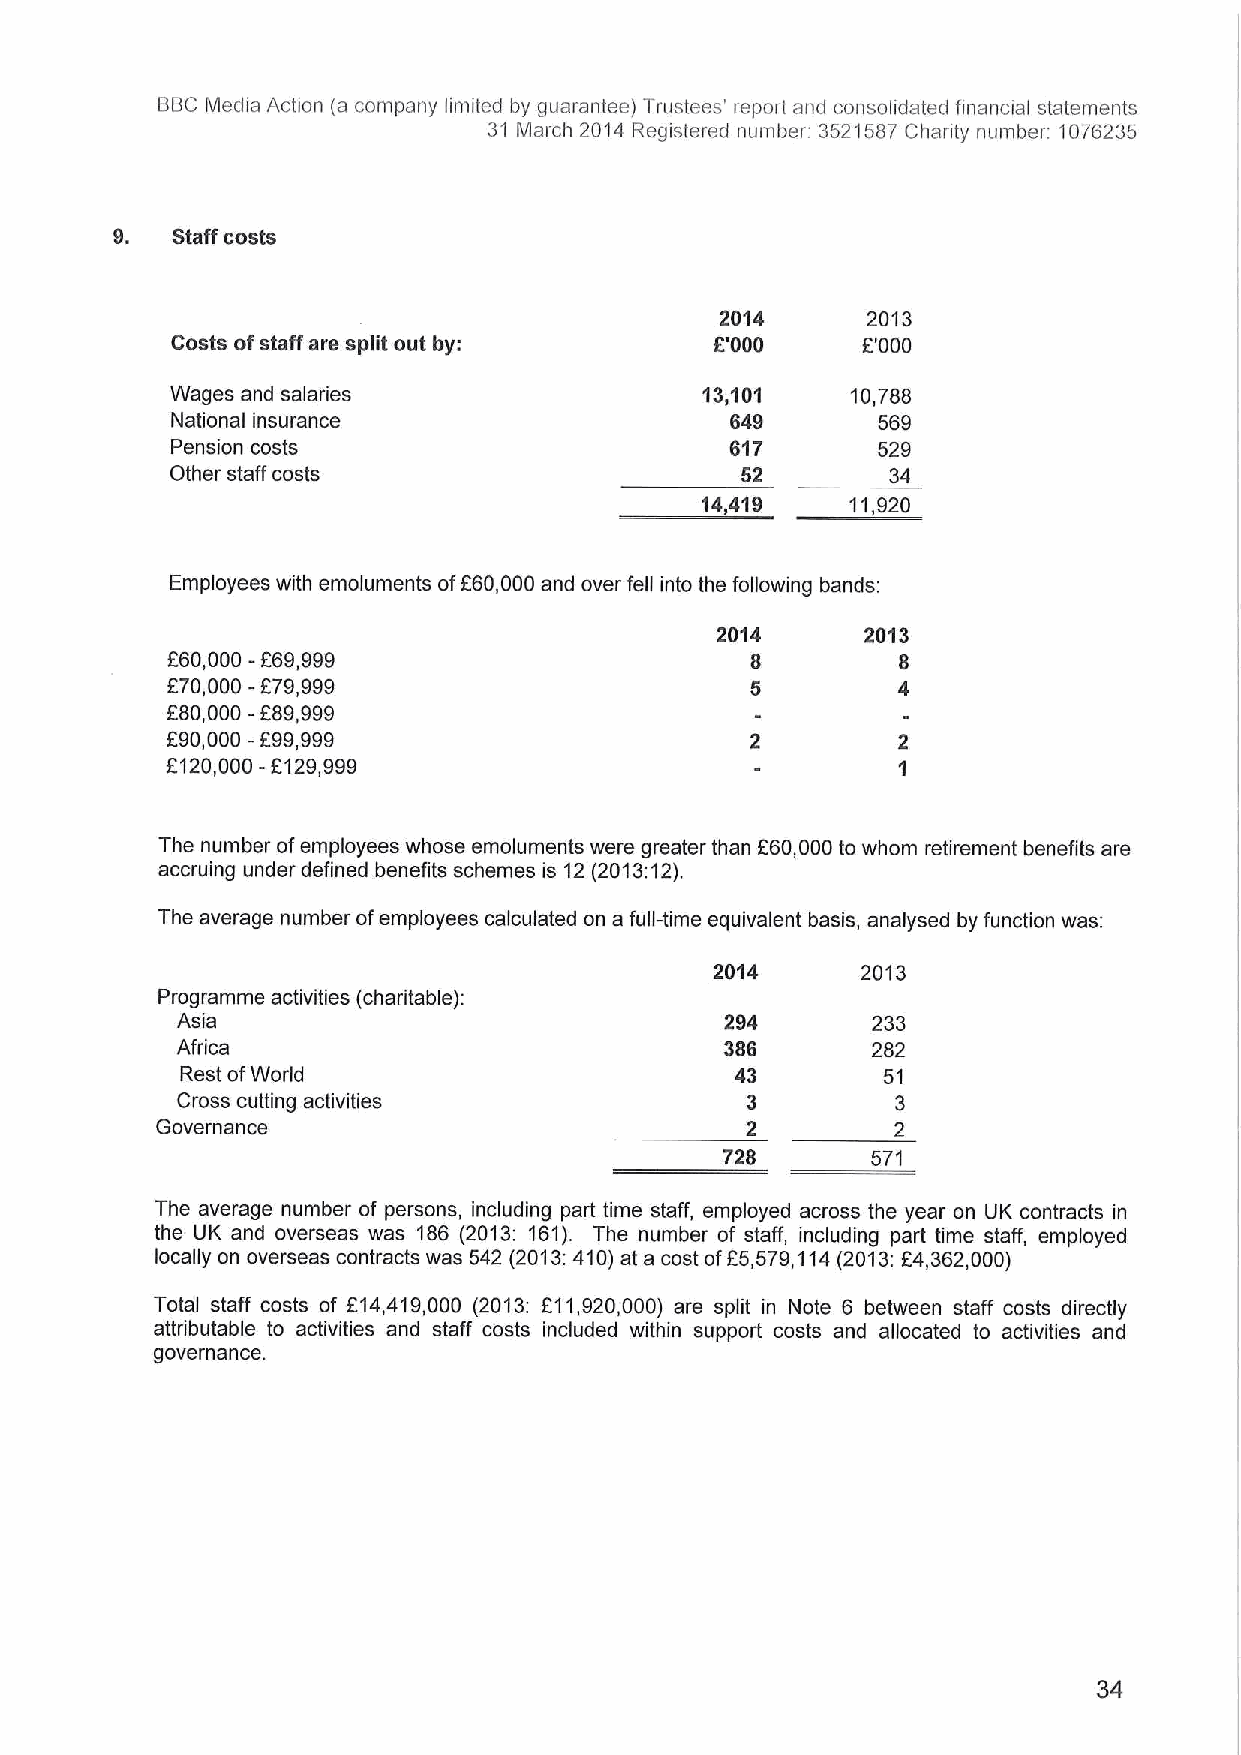
BBCMedia Action (a company limited by guarantee) Trustees' report and consolidated financial statements
 31 March 2014 Registered number 3521587Chanty number. 1076235
 9.  Staff costs
 2014     2013
 Costs ofstaff are split out by:     f'000     F'000
 Wages and salaries                 13,101    10,788
 National insurance                   649       569
 Pension costs                        817       529
 Other staff costs                     52        34
 14,419    11,920
 Employees with emoluments ofF60,000and over fell into the following bands:
 2014      2013
 F60,000 - F69,999                      8        8
 f 70,000 -879,999                      8        4
 580,000 -589,999
 f90,000 -599,999
 8120,000-f129,999
 The number ofemployees whose emoluments were greater than 260,000to whom retirement benefits are
 accruing under defined benefits schemes is 12(2013:12).
 The average number ofemployees calculated on a full-time equivalent basis, analysed by function was:
 2014      2013
 Programme activities (charitable):
 Asia                                294       233
 Africa                              388       282
 Rest ofWorld                         43       51
 Cross cutting activities             3         3
 Governance                             2         2
 728       571
 The average number of persons, including part time staff, employed across the year on UK contracts in
 the UK and overseas was 186 (2013: 161). The number of staff, including part time staff, employed
 locally on overseas contracts was 542 (2013:410)at a cost of25,579,114(2013:f4,362,000)
 Total staff costs of 514,419,000 (2013: 511,920,000) are split in Note 6 between staff costs directly
 attributable to activities and staff costs included within support costs and allocated to activities and
 governance.
 34